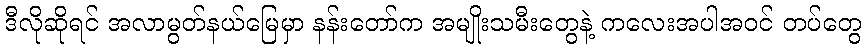
ဒီလိုဆိုရင် အလာမွတ်နယ်မြေမှာ နန်းတော်က အမျိုးသမီးတွေနဲ့ ကလေးအပါအဝင် တပ်တွေ